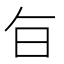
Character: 𭥍